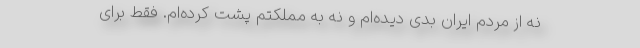
نه از مردم ایران بدی دیده‌ام و نه به مملکتم پشت کرده‌ام. فقط برای